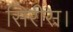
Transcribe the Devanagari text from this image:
सिरीस।